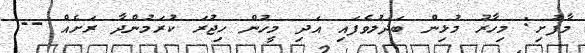
މާފުށި: މިހާރު މުޅިން ބަދަލުވެފައި އަދި މީހުން ހިޖުރަ ކުރަމުންދާ ރަށެއް --